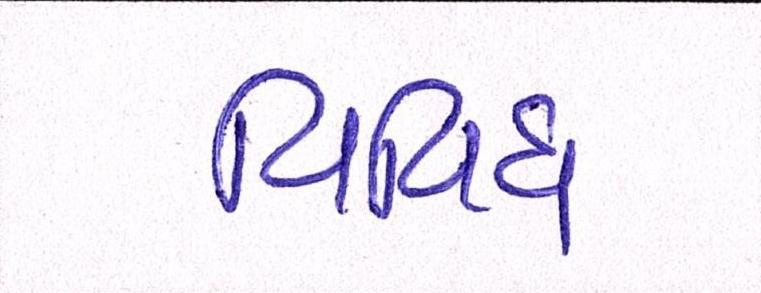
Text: વિવિધ